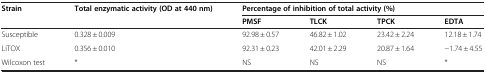
| <ROWSPAN=2> Strain | <ROWSPAN=2> Total enzymatic activity (OD at 440 nm) | <COLSPAN=4> Percentage of inhibition of total activity (%) |
 | PMSF | TLCK | TPCK | EDTA |
 | --- | --- | --- | --- | --- | --- |
 | Susceptible | 0.328 ± 0.009 | 92.98 ± 0.57 | 46.82 ± 1.02 | 23.42 ± 2.24 | 12.18 ± 1.74 |
 | LiTOX | 0.356 ± 0.010 | 92.31 ± 0.23 | 42.01 ± 2.29 | 20.87 ± 1.64 | −1.74 ± 4.55 |
 | Wilcoxon test | * | NS | NS | NS | * |